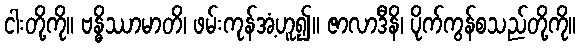
ငါးတို့ကို။ ဗန္ဓိဿာမာတိ၊ ဖမ်းကုန်အံ့ဟူ၍။ ဇာလာဒီနိ၊ ပိုက်ကွန်စသည်တို့ကို။